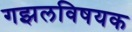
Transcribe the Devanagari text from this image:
गझलविषयक